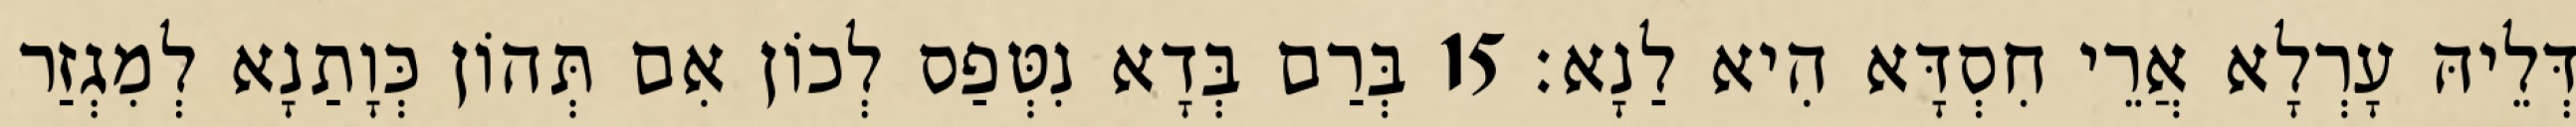
דְּלֵיהּ עָרְלָא אֲרֵי חִסְדָּא הִיא לַנָא׃ 15 בְּרַם בְּדָא נִטְּפַס לְכוֹן אִם תְּהוֹן כְּוָתַנָא לְמִגְזַר